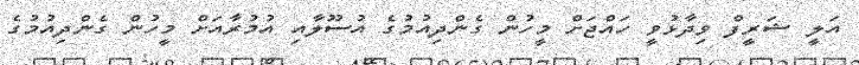
އަލީ ޝަރީފް ވިދާޅުވީ ހައްޖަށް މީހުން ގެންދިއުމުގެ އުސޫލާއި އުމުރާއަށް މީހުން ގެންދިއުމުގެ